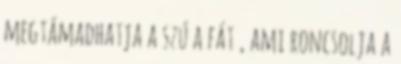
megtámadhatja a szú a fát , ami roncsolja a